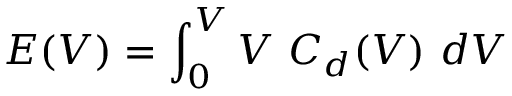
E ( V ) = \int _ { 0 } ^ { V } V ~ C _ { d } ( V ) ~ d V